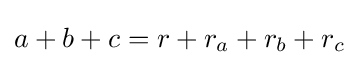
a+b+c=r+r_{a}+r_{b}+r_{c}